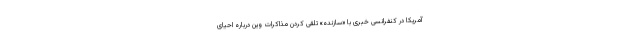
آمریکا در کنفرانسی خبری با «سازنده» تلقی کردن مذاکرات وین درباره احیای